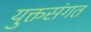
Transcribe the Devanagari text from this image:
युक्तसंगत